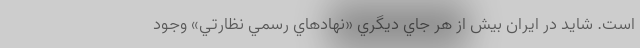
است. شايد در ايران بيش از هر جاي ديگري «نهادهاي رسمي نظارتي» وجود